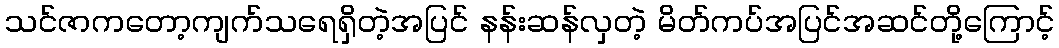
သင်ဇာကတော့ကျက်သရေရှိတဲ့အပြင် နန်းဆန်လှတဲ့ မိတ်ကပ်အပြင်အဆင်တို့ကြောင့်